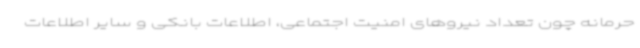
حرمانه چون تعداد نیروهای امنیت اجتماعی، اطلاعات بانکی و سایر اطلاعات